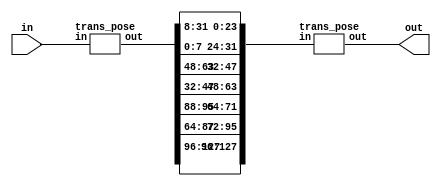
module shift_rows(output [127:0] out, input [127:0] in);
  wire[127:0]w1;
  wire[127:0]w2;
  
  trans_pose t1(w1,in);

  assign w2[31:0]={w1[7:0],w1[31:8]};
  assign w2[63:32]={w1[47:32],w1[63:48]};
  assign w2[95:64]={w1[87:64],w1[95:88]};
  assign w2[127:96]=w1[127:96];

  trans_pose t2(out,w2);
endmodule

module trans_pose(output [127:0]out,input [127:0] in);
                 assign out[127:96]={in[127:120],in[95:88],in[63:56],in[31:24]};
         assign  out[95:64]={in[119:112],in[87:80],in[55:48],in[23:16]};
                assign out[63:32]={in[111:104],in[79:72],in[47:40],in[15:8]};
               assign  out[31:0]={in[103:96],in[71:64],in[39:32],in[7:0]};                                                                                
                 
                 
   endmodule